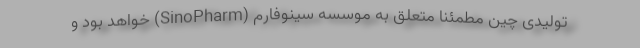
تولیدی چین مطمئناً متعلق به موسسه سینوفارم (SinoPharm) خواهد بود و